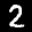
Label: 2